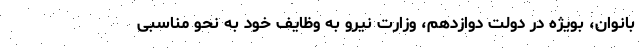
بانوان، بویژه در دولت دوازدهم، وزارت نیرو به وظایف خود به نحو مناسبی